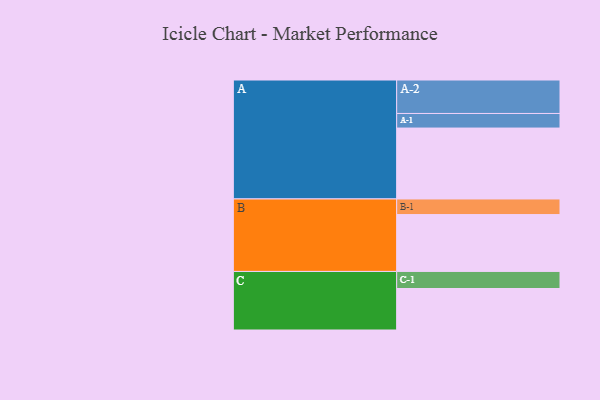
{"axis": {"x": "Segment", "y": "Value"}, "legend": ["", "A", "B", "C"], "data": [{"x": "A", "y": 540, "type": ""}, {"x": "B", "y": 433, "type": ""}, {"x": "C", "y": 316, "type": ""}, {"x": "A-1", "y": 111, "type": "A"}, {"x": "A-2", "y": 255, "type": "A"}, {"x": "B-1", "y": 119, "type": "B"}, {"x": "C-1", "y": 130, "type": "C"}]}